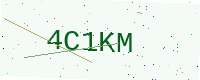
Text: 4C1KM